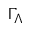
\Gamma _ { \Lambda }